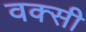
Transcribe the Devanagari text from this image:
वक्सी